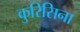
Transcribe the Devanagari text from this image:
कुरिसिना